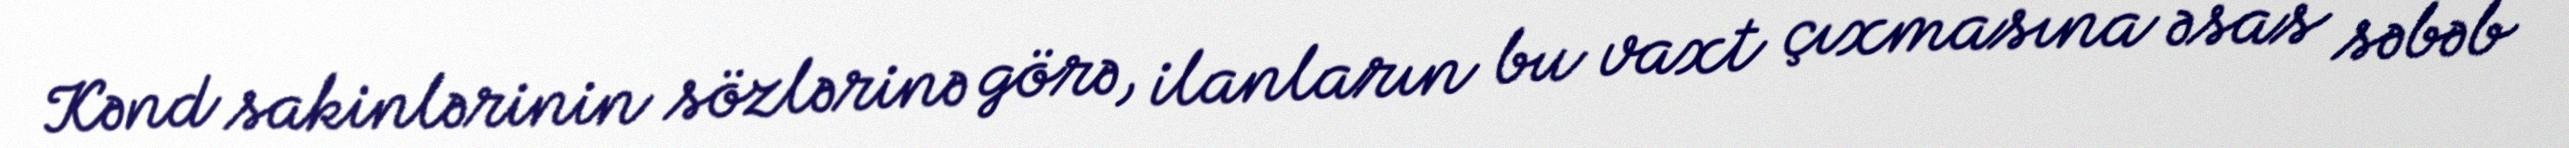
Kənd sakinlərinin sözlərinə görə, ilanların bu vaxt çıxmasına əsas səbəb